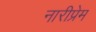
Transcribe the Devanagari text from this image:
नारीप्रेम